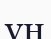
ұн